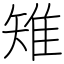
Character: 雉